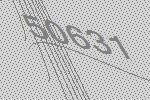
50631